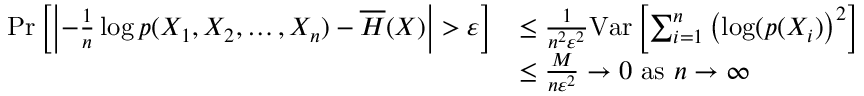
{ \begin{array} { r l } { \operatorname* { P r } \left[ \left| - { \frac { 1 } { n } } \log p ( X _ { 1 } , X _ { 2 } , \ldots , X _ { n } ) - { \overline { { H } } } ( X ) \right| > \varepsilon \right] } & { \leq { \frac { 1 } { n ^ { 2 } \varepsilon ^ { 2 } } } \mathrm { V a r } \left[ \sum _ { i = 1 } ^ { n } \left( \log ( p ( X _ { i } ) \right) ^ { 2 } \right] } \\ & { \leq { \frac { M } { n \varepsilon ^ { 2 } } } \to 0 { \mathrm { ~ a s ~ } } n \to \infty } \end{array} }